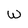
Character: w